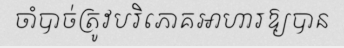
ចាំបាច់ត្រូវបរិភោគអាហារឱ្យបាន